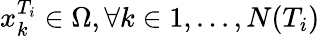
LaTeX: x_{k}^{T_{i}}\in\Omega,\forall k\in{1,...,N(T_{i})}